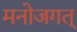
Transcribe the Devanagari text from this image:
मनोजगत्